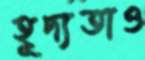
হূদ্যতাও